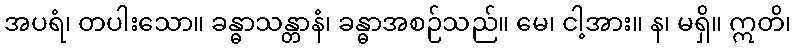
အပရံ၊ တပါးသော။ ခန္ဓာသန္တာနံ၊ ခန္ဓာအစဉ်သည်။ မေ၊ ငါ့အား။ န၊ မရှိ။ ဣတိ၊